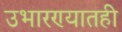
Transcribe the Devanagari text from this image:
उभारण्यातही